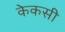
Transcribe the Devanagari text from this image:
केकसी